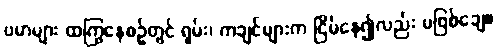
ဗမာများ ထကြွနေစဉ်တွင် ရှမ်း၊ ကချင်များက ငြိမ်နေ၍လည်း မဖြစ်ချေ။